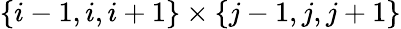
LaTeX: \{ i-1,i,i+1\} \times\{ j-1,j,j+1\}